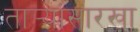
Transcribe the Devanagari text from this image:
तार्‍यांसारखा